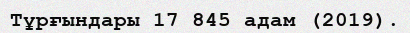
Тұрғындары 17 845 адам (2019).